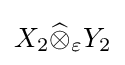
X_{2}{\widehat {\otimes }}_{\varepsilon }Y_{2}